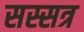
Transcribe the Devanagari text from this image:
सस्सत्र